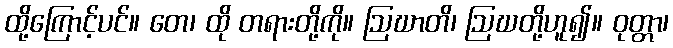
ထို့ကြောင့်ပင်။ တေ၊ ထို တရားတို့ကို။ ဩဃာတိ၊ ဩဃတို့ဟူ၍။ ဝုတ္တာ၊